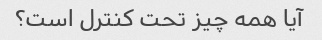
آیا همه چیز تحت کنترل است؟